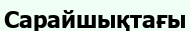
Сарайшықтағы